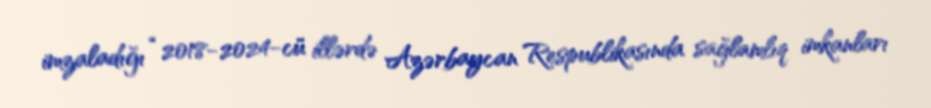
imzaladığı “2018-2024-cü illərdə Azərbaycan Respublikasında sağlamlıq imkanları